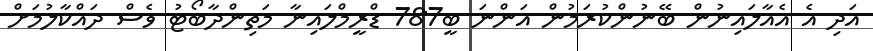
އަދި އެ އެއާލައިނުން ބޭނުންކުރަމުން އަންނަ ބީ787 ޑްރީމްލައިނާ މަތިންދާބޯޓު ވެސް ދައްކާލުމަށް